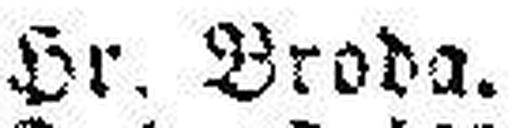
Hr. Broda.